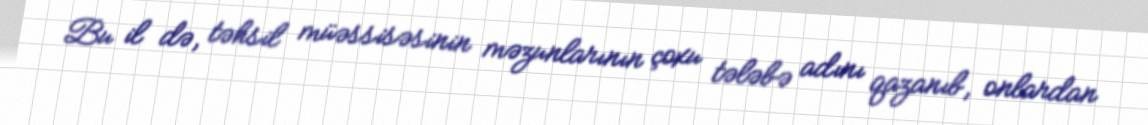
Bu il də, təhsil müəssisəsinin məzunlarının çoxu tələbə adını qazanıb, onlardan